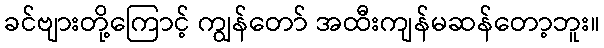
ခင်ဗျားတို့ကြောင့် ကျွန်တော် အထီးကျန်မဆန်တော့ဘူး။